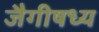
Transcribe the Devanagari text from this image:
जैगीषध्य